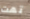
تهت